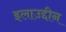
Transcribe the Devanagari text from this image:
इलाउद्दीन